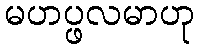
မဟပ္ဖလမာဟု